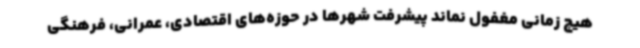
هیچ زمانی مغفول نماند پیشرفت شهرها در حوزه‌های اقتصادی، عمرانی، فرهنگی